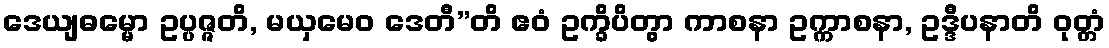
ဒေယျဓမ္မော ဥပ္ပဇ္ဇတိ, မယှမေဝ ဒေတီ”တိ ဧဝံ ဥက္ခိပိတွာ ကာစနာ ဥက္ကာစနာ, ဥဒ္ဒီပနာတိ ဝုတ္တံ